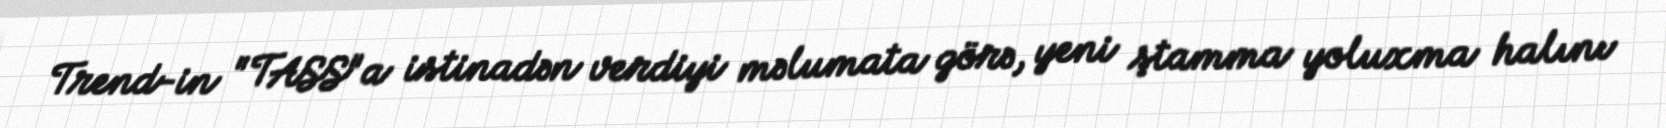
Trend-in "TASS"a istinadən verdiyi məlumata görə, yeni ştamma yoluxma halını